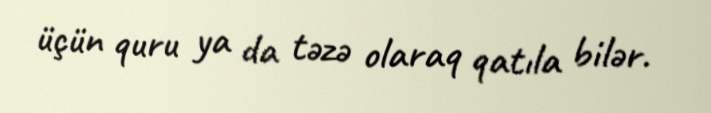
üçün quru ya da təzə olaraq qatıla bilər.